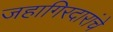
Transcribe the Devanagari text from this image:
जहागिरदारांचे